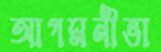
আগমনীভা